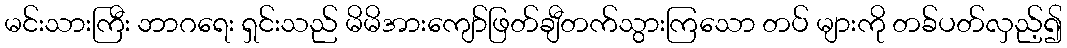
မင်းသားကြီး ဘာဂရေး ရှင်းသည် မိမိအားကျော်ဖြတ်ချီတက်သွားကြသော တပ် များကို တခ်ပတ်လှည့်၍